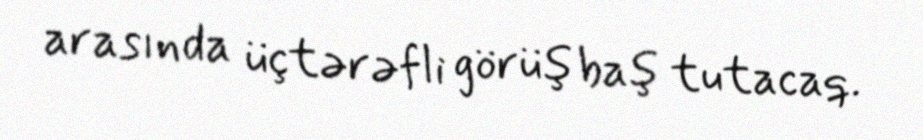
arasında üçtərəfli görüş baş tutacaq.